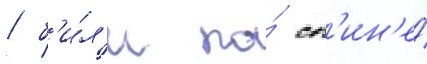
/ б'и́л'и по́ сп'ин'е́